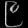
Digit: ၉